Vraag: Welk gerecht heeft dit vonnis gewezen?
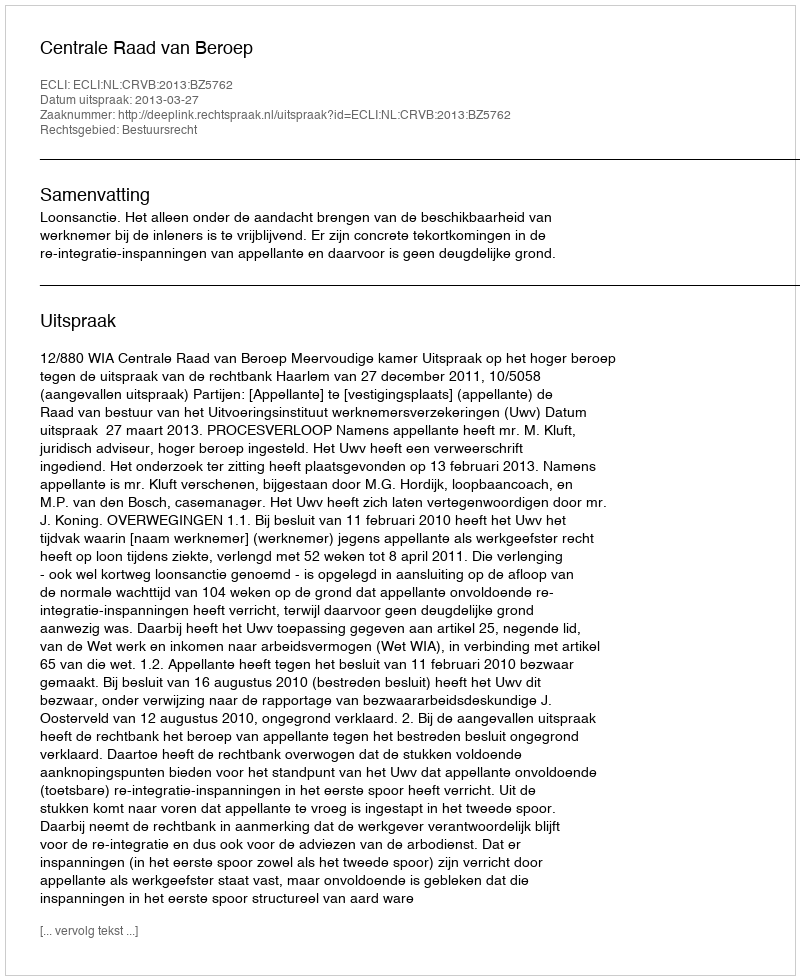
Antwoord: Centrale Raad van Beroep